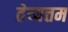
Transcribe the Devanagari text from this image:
तेय्यत्तम